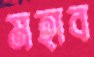
মহাব